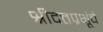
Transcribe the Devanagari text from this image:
श्रीदत्तप्रभूंचे